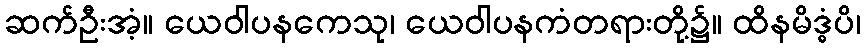
ဆက်ဦးအံ့။ ယေဝါပနကေသု၊ ယေဝါပနကံတရားတို့၌။ ထိနမိဒ္ဓံပိ၊